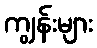
ကျွန်းများ